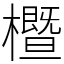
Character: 櫭